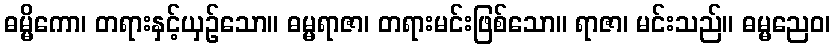
ဓမ္မိကော၊ တရားနှင့်ယှဉ်သော။ ဓမ္မရာဇာ၊ တရားမင်းဖြစ်သော။ ရာဇာ၊ မင်းသည်။ ဓမ္မညေဝ၊